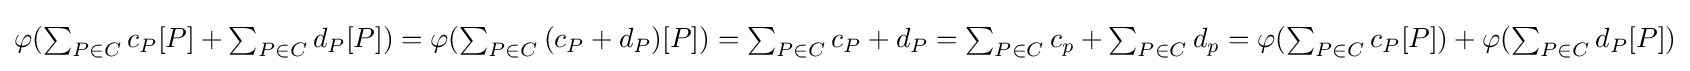
{\textstyle \varphi (\sum _{P\in C}{c_{P}[P]}+\sum _{P\in C}{d_{P}[P]})=\varphi (\sum _{P\in C}{(c_{P}+d_{P})[P]})=\sum _{P\in C}{c_{P}+d_{P}}=\sum _{P\in C}{c_{p}}+\sum _{P\in C}{d_{p}}=\varphi (\sum _{P\in C}{c_{P}[P]})+\varphi (\sum _{P\in C}{d_{P}[P]})}